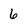
Character: 6